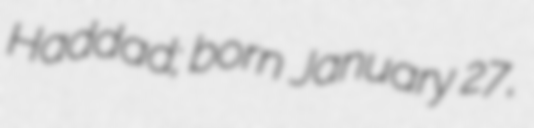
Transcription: Haddad; born January 27,